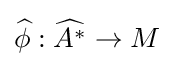
{\widehat {\phi }}:{\widehat {A^{*}}}\to M